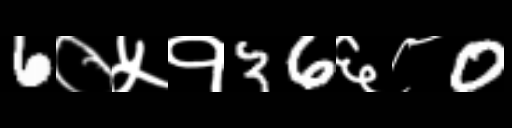
Text: 6०५१36६८0